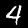
Label: 4